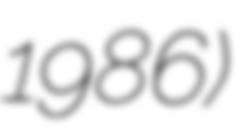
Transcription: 1986)